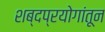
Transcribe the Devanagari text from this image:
शब्दप्रयोगांतून